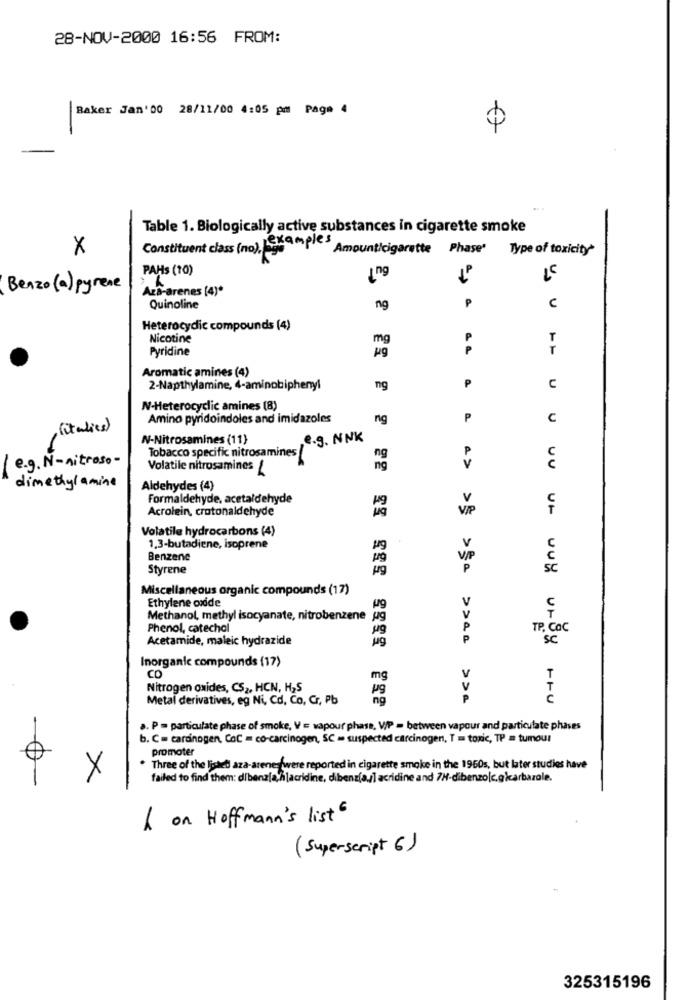
28-NOV-2000 16:56 FROM:
Baker Jan'00 28/11/00 4:05 pm Page 4
Table 1. Biologically active substances in cigarette smoke
examples
X
Constituent class (no), da
Amounticigarette Phase'
Type of toxicity'
BUT
PAHS (10)
Benzo(a) pyrene
Ara-arenes (4)*
P
C
Quinoline
ng
Heterocydic compounds (4)
Nicotine
mg
T
Pyridine
Aromatic amines (4)
2-Napthylamine, 4-aminobiphenyl
ng
C
N-Heterocyclic amines (8)
Amino pyridoindoles and imidazoles
ng
P
C
(italies)
N-Nitrosamines (11)
e.g. NNK
Tobacco specific nitrosamines
( e.g. N- nitroso-
Volatile nitrosamines {
ng
UU
dimethylamine
Aldehydes (4)
Formaldehyde, acetaldehyde
v
Acrolein, crotonaldehyde
ViP
Volatile hydrocarbons (4)
v
1,3-butadiene, isoprene
Benzene
V/P
Styrene
ug
P
sc
Miscellaneous organic compounds (17)
Ethylene oxide
v
C
Mg
Methanol, methyl isocyanate, nitrobenzene ug
V
Phenol, catechol
P
TP. Cac
Acetamide, maleic hydrazide
SC
Inorganic compounds (17)
CO
mg
V
T
Nitrogen oxides, CS2, HCN, H2S
pg
V
Metal derivatives, eg Ni, Cd, Co, Cr, Pb
ng
P
a. P = particulate phase of smoke, V = vapour phase, WP = between vapour and particulate phases
b. C= cardinogen, CoC = co-carcinogen, SC = suspected carcinogen, T = toxic, TP = tumour
promoter
Three of the listed aza-arenedfwere reported in cigarette smoke in the 1960s, but later studies have
X
failed to find them: dibenzja,hlacridine, dibenzia./] acridine and 7H-dibenzo|c.gicarbazale.
A on Hoffmann's list "
(Superscript 6)
325315196